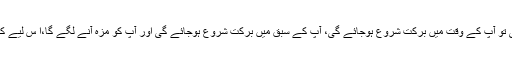
اور اگر آپ نے یہ نیت کرلی تو آپ کے وقت میں برکت شروع ہوجائے گی، آپ کے سبق میں برکت شروع ہوجائے گی اور آپ کو مزہ آنے لگے گا،ا س لیے کہ آپ نے مقصد متعین کرلیا۔